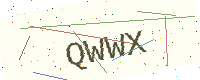
Text: QWWX